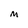
Character: M